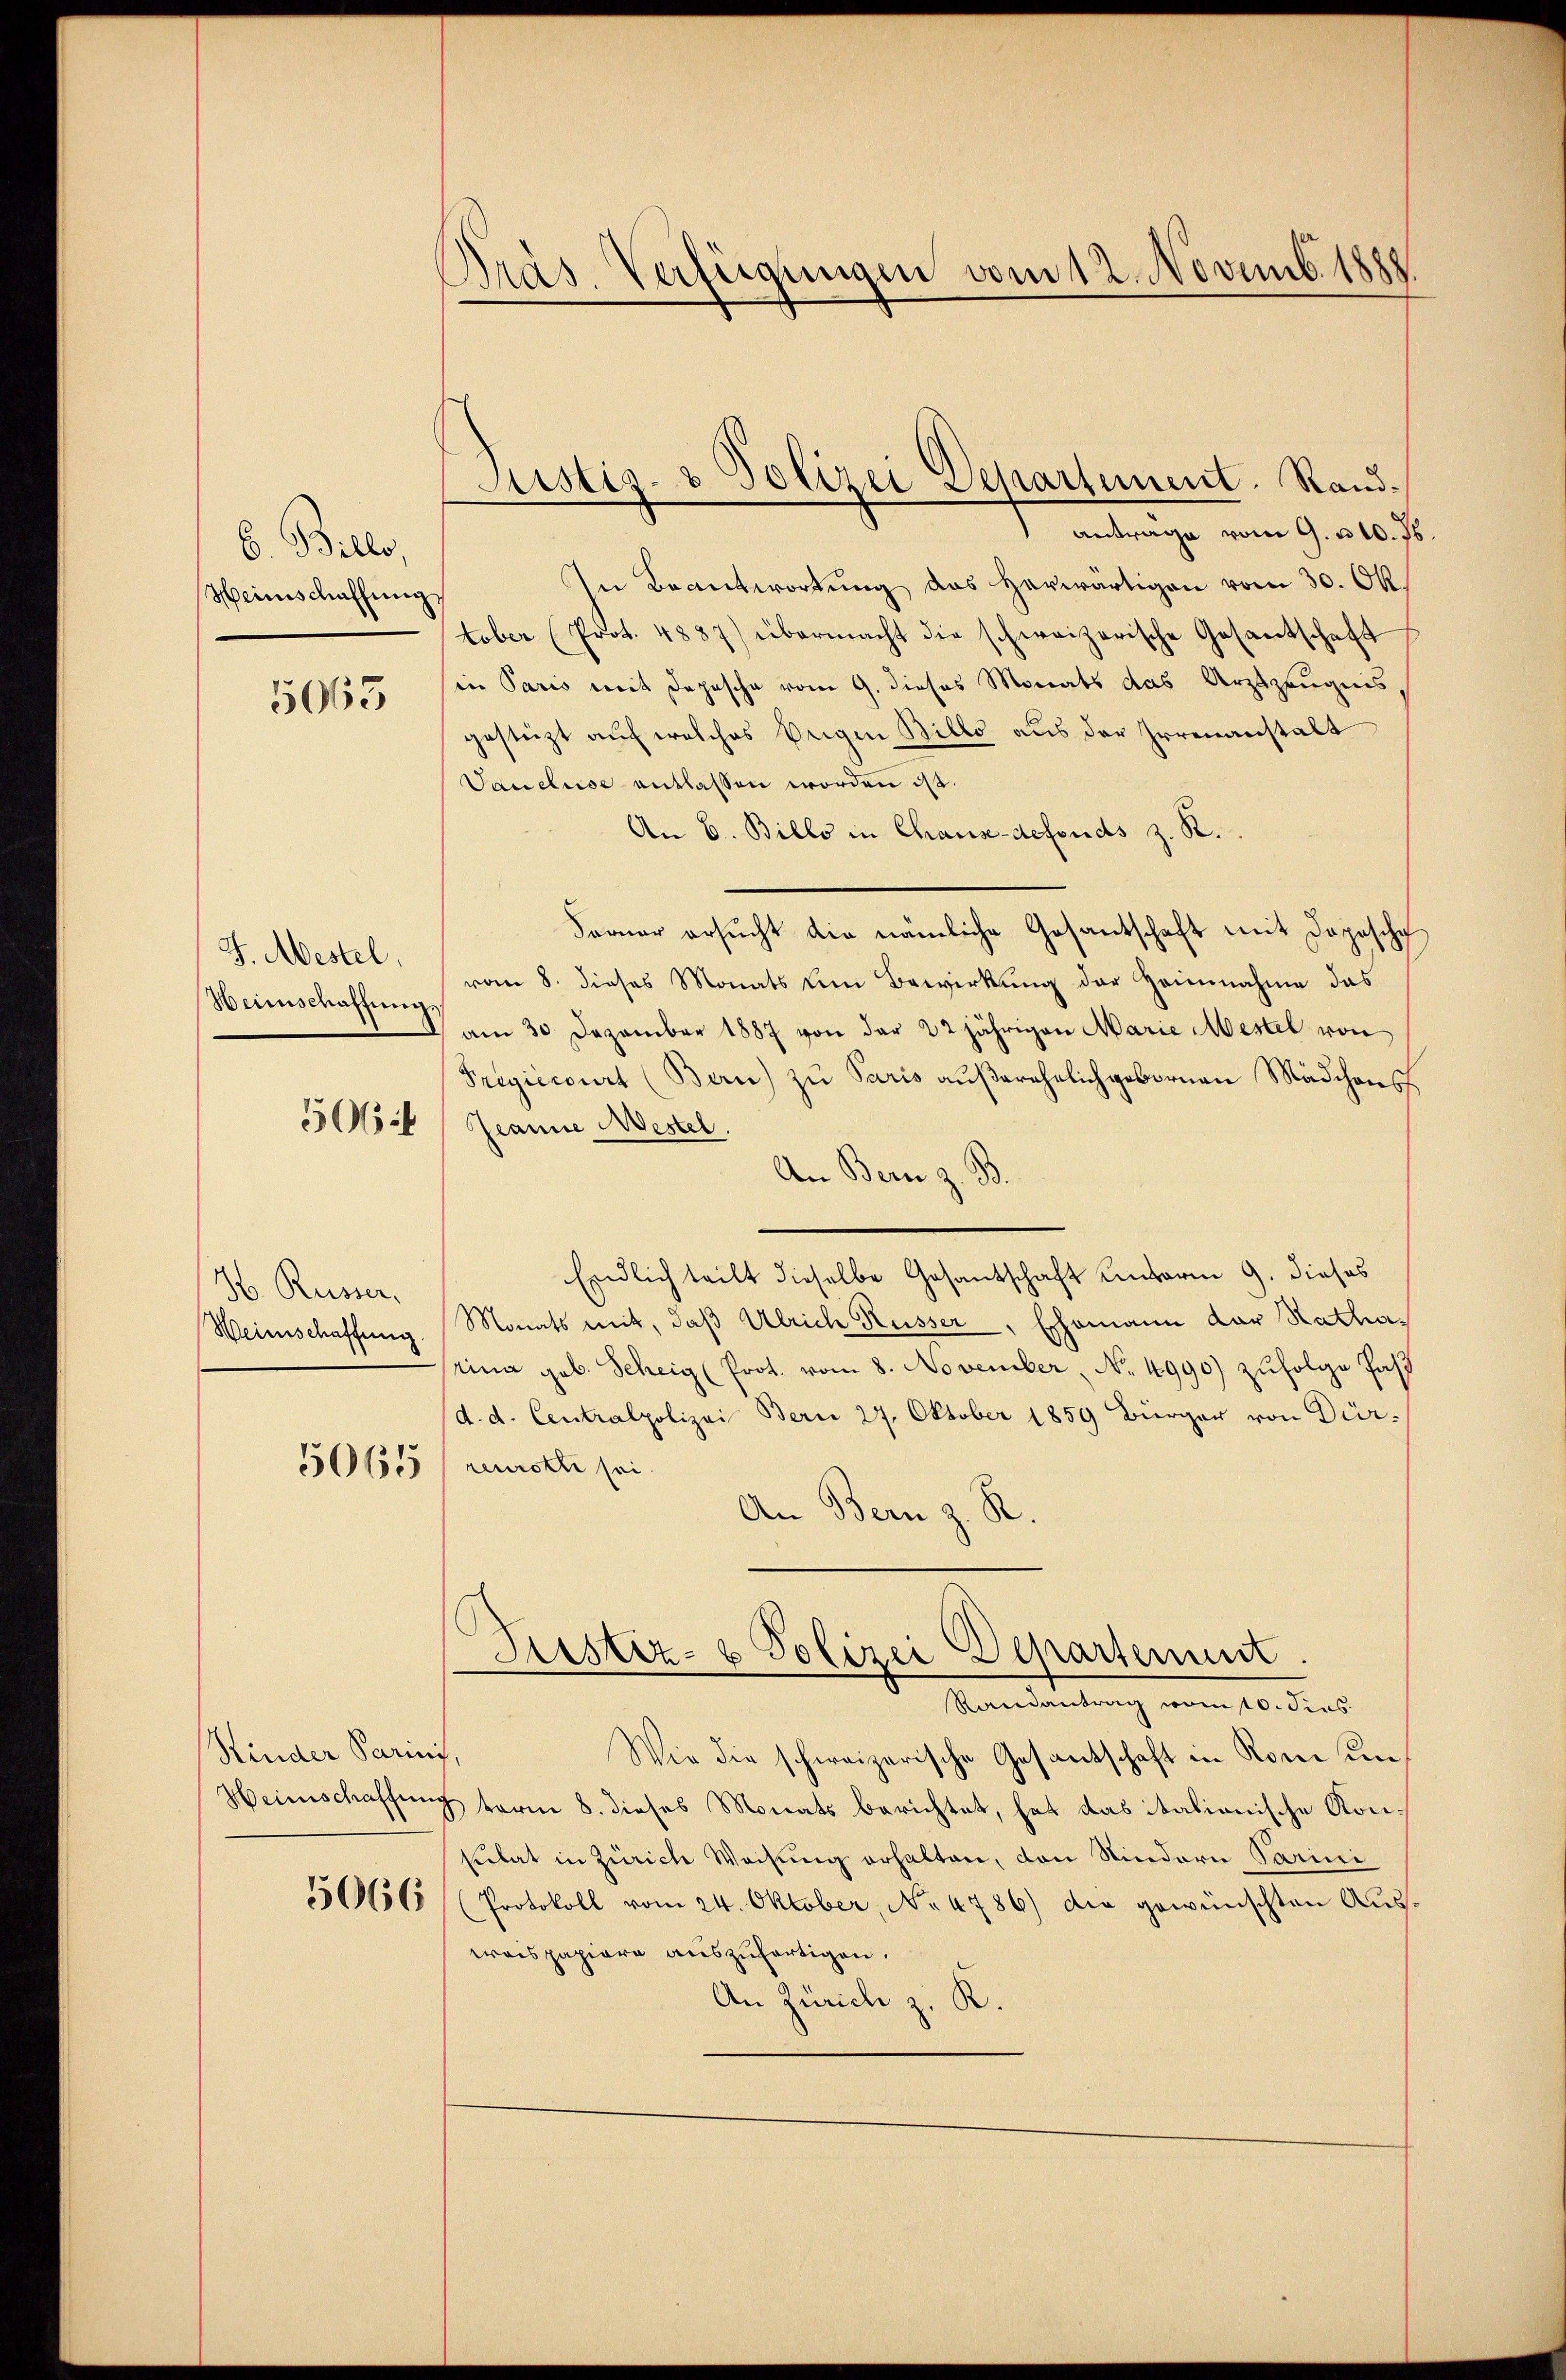
6. Bille,
Heinschaffung

5065

J. Mestel,
Weinschaffung,

5064

H. Russer.
Heimschaffung.

5065

Kinder Parini
Heimschaffen

5066

Präs. Verfügungen vom 12. Novemb. 1888.

Astiz- & Polizei Separtement. Sand¬

Antrage vom 9. u 10. J
In Beantwortung das herwärtigen vom 30. Oktober (Prot. 4887) übermacht die schweizerische Gesantschaft
in Paris mit Depesche vom 9. dieses Monats das Arztzeugnis,
gestüzt auf welches beigen Bills aus der Irrenanstalt
Vancluse entlassen worden ist.
An 6. Billo in Chaus-defonds z. R.
Ferner ersŭcht die nämliche Gesantschaft mit Depesche
vom 8. dieses Monats um Bewirkung der Heinnahme das
am 30. Dezember 1887 von der 22jährigen Marie Mestel von
Fregierirt (Bern) zu Paris aŭβerehelich gebornen Mädchens
Jeanne Mestel
An Bern z. B.
Endlich teilt dieselbe Gesantschaft unterm 9. dieses
Monats mit, daß Ulrich Küsser, Ehemann der Ratharina geb. Scheig (Prot. vom 8. November, No. 4990) zŭfolge Past
d. d. Centralpolizei Bern 27. Oktober 1859 Bürger von Dürreurotti sei.
An Bern z. R.
Sistiz- & Polizei Departement.
Randantrag vom 10. dies
Wie die schweizerische Gesantschaft in Rome den
.
term 8. dieses Monats berichtet, hat das italionische Konsebat in Zürich Weisung erhalten, den Kindern Parini
(Protokoll vom 24. Oktober, No 6786) die gewünschten Auswraispapiere auszufertigen.
An Zürich z. K.